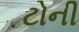
ટોની